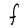
Character: F